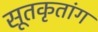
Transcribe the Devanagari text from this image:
सूतकृतांग